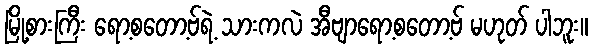
မြို့စားကြီး ရော့စတော့ဗ်ရဲ့ သားကလဲ အီဗျာရော့စတော့ဗ် မဟုတ် ပါဘူး။